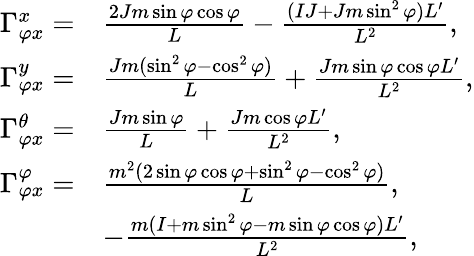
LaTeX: \begin{array}{rl}{\Gamma_{\varphi x}^{x}=}&{\frac{2Jm\sin\varphi\cos\varphi}{L}-\frac{(IJ+Jm\sin^{2}\varphi)L^{\prime}}{L^{2}},}\\ {\Gamma_{\varphi x}^{y}=}&{\frac{Jm(\sin^{2}\varphi-\cos^{2}\varphi)}{L}+\frac{Jm\sin\varphi\cos\varphi L^{\prime}}{L^{2}},}\\ {\Gamma_{\varphi x}^{\theta}=}&{\frac{Jm\sin\varphi}{L}+\frac{Jm\cos\varphi L^{\prime}}{L^{2}},}\\ {\Gamma_{\varphi x}^{\varphi}=}&{\frac{m^{2}(2\sin\varphi\cos\varphi+\sin^{2}\varphi-\cos^{2}\varphi)}{L},}\\ &{-\frac{m(I+m\sin^{2}\varphi-m\sin\varphi\cos\varphi)L^{\prime}}{L^{2}},}\end{array}